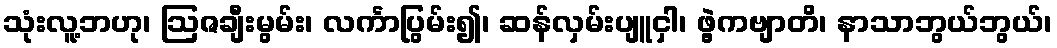
သုံးလူ့ဘဟု၊ ဩဇချီးမွမ်း၊ လင်္ကာပြွမ်း၍၊ ဆန်လှမ်းပျူငှါ၊ ဖွဲ့ကဗျာတိ၊ နာသာဘွယ်ဘွယ်၊